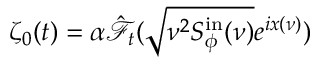
\zeta _ { 0 } ( t ) = \alpha \hat { \mathcal { F } _ { t } } ( \sqrt { \nu ^ { 2 } S _ { \phi } ^ { \mathrm { i n } } ( \nu ) } e ^ { i x ( \nu ) } )